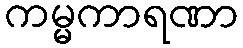
ကမ္မကာရဏာ